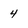
Character: 4